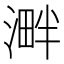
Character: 溿